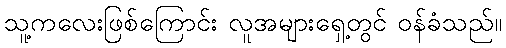
သူ့ကလေးဖြစ်ကြောင်း လူအများရှေ့တွင် ဝန်ခံသည်။